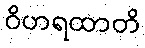
ဝိဟရထာတိ